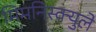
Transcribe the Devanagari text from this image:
मिमनिस्क्युले